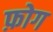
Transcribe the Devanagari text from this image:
फ़ोग